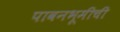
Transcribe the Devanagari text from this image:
पावनभूमीची